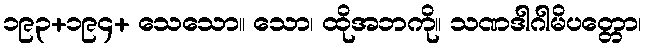
၁၉၃+၁၉၄+ သေသော။ သော၊ ထိုအဘကို။ သဏဒါဂါမိပတ္တော၊